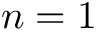
n = 1